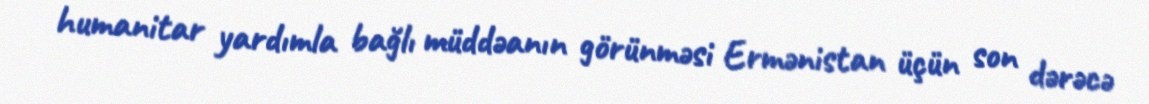
humanitar yardımla bağlı müddəanın görünməsi Ermənistan üçün son dərəcə